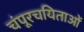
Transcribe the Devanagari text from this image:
चंपूरचयिताओं